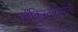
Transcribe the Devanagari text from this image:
काँकिस्तादोरांनी